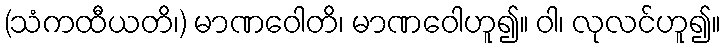
(သံကထီယတိ၊) မာဏဝေါတိ၊ မာဏဝေါဟူ၍။ ဝါ၊ လုလင်ဟူ၍။